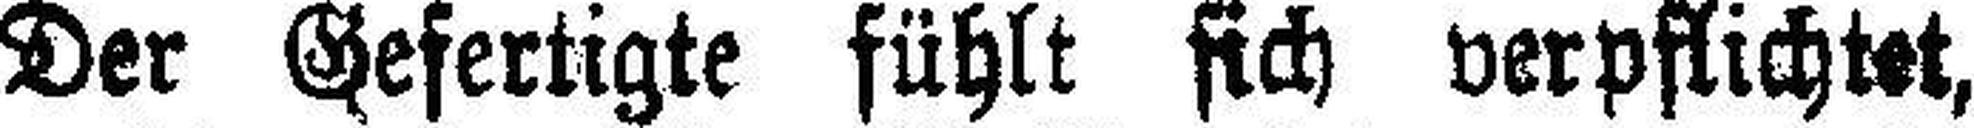
Der Gefertigte fühlt sich verpflichtet,